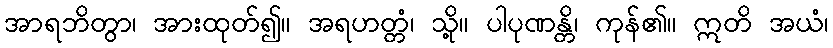
အာရဘိတွာ၊ အားထုတ်၍။ အရဟတ္တံ၊ သို့။ ပါပုဏန္တိ၊ ကုန်၏။ ဣတိ အယံ၊